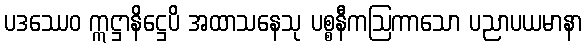
ပဒဿေဝ ဣဋ္ဌာနိဋ္ဌေပိ အထာသနေသု ပစ္စနီကဩကာသော ပညာပယမာနာ